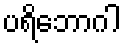
ပရိဘောဂါ